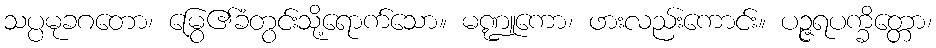
သပ္ပမုခဂတော၊ မြွေ၏ခံတွင်းသို့ရောက်သော။ မဏ္ဍူကော၊ ဖားလည်းကောင်း။ ပဉ္ဇရပက္ခိတ္တော၊